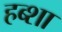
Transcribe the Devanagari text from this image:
हब्शा